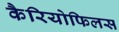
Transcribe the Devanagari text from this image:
कैरियोफिलस